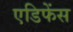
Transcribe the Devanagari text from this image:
एडिफेंस